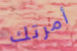
أمرتك